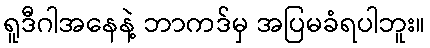
ရူဒီဂါအနေနဲ့ ဘာကဒ်မှ အပြမခံရပါဘူး။